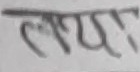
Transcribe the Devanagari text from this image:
लयस